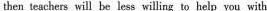
then teachers will be less willing to help you with